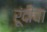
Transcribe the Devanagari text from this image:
रूंदीचा